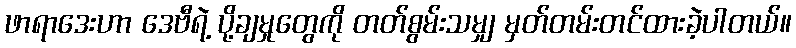
ဖာရာဒေးဟာ ဒေဗီရဲ့ ပို့ချမှုတွေကို တတ်စွမ်းသမျှ မှတ်တမ်းတင်ထားခဲ့ပါတယ်။